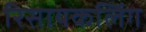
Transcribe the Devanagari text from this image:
रिसायकलिंग